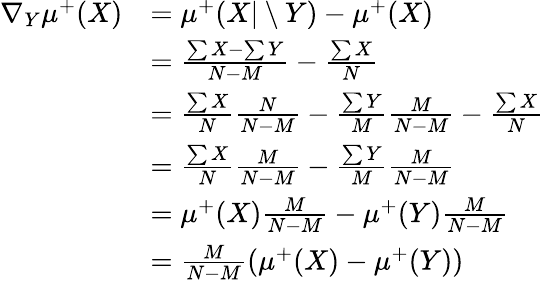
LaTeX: \begin{array}{rl}{\nabla_{Y}\mu^{+}(X)}&{=\mu^{+}(X\vert\setminus Y)-\mu^{+}(X)}\\ &{=\frac{\sum X-\sum Y}{N-M}-\frac{\sum X}{N}}\\ &{=\frac{\sum X}{N}\frac{N}{N-M}-\frac{\sum Y}{M}\frac{M}{N-M}-\frac{\sum X}{N}}\\ &{=\frac{\sum X}{N}\frac{M}{N-M}-\frac{\sum Y}{M}\frac{M}{N-M}}\\ &{=\mu^{+}(X)\frac{M}{N-M}-\mu^{+}(Y)\frac{M}{N-M}}\\ &{=\frac{M}{N-M}(\mu^{+}(X)-\mu^{+}(Y))}\end{array}